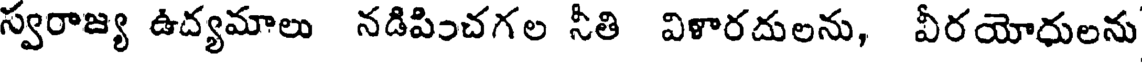
స్వరాజ్య ఉద్యమాలు నడిపించగల నీతి విళారదులను, వీరయోధులను